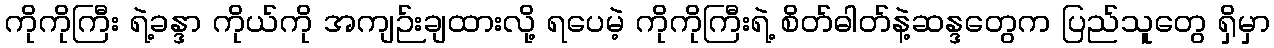
ကိုကိုကြီး ရဲ့ခန္ဒာ ကိုယ်ကို အကျဉ်းချထားလို့ ရပေမဲ့ ကိုကိုကြီးရဲ့ စိတ်ဓါတ်နဲ့ဆန္ဒတွေက ပြည်သူတွေ ရှိမှာ